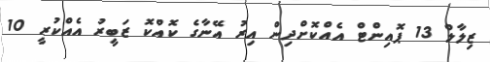
ޒިލާލް 13 ޕޮއިންޓް އެއްކޮށްދިން އިރު އޭނާގެ ކޮއްކޮ ޒަބީރު އެއްކުރީ 10